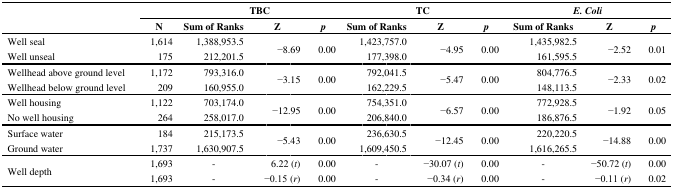
<table><thead><tr><td rowspan="2"></td><td></td><td colspan="3"><b>TBC</b></td><td colspan="3"><b>TC</b></td><td colspan="3"><b><i>E. Coli</i></b></td></tr><tr><td><b>N</b></td><td><b>Sum of Ranks</b></td><td><b>Z</b></td><td><b><i>p</i></b></td><td><b>Sum of Ranks</b></td><td><b>Z</b></td><td><b><i>p</i></b></td><td><b>Sum of Ranks</b></td><td><b>Z</b></td><td><b><i>p</i></b></td></tr></thead><tbody><tr><td>Well seal</td><td>1,614</td><td>1,388,953.5</td><td rowspan="2">−8.69</td><td rowspan="2">0.00</td><td>1,423,757.0</td><td rowspan="2">−4.95</td><td rowspan="2">0.00</td><td>1,435,982.5</td><td rowspan="2">−2.52</td><td rowspan="2">0.01</td></tr><tr><td>Well unseal</td><td>175</td><td>212,201.5</td><td>177,398.0</td><td>161,595.5</td></tr><tr><td>Wellhead above ground level</td><td>1,172</td><td>793,316.0</td><td rowspan="2">−3.15</td><td rowspan="2">0.00</td><td>792,041.5</td><td rowspan="2">−5.47</td><td rowspan="2">0.00</td><td>804,776.5</td><td rowspan="2">−2.33</td><td rowspan="2">0.02</td></tr><tr><td>Wellhead below ground level</td><td>209</td><td>160,955.0</td><td>162,229.5</td><td>148,113.5</td></tr><tr><td>Well housing</td><td>1,122</td><td>703,174.0</td><td rowspan="2">−12.95</td><td rowspan="2">0.00</td><td>754,351.0</td><td rowspan="2">−6.57</td><td rowspan="2">0.00</td><td>772,928.5</td><td rowspan="2">−1.92</td><td rowspan="2">0.05</td></tr><tr><td>No well housing</td><td>264</td><td>258,017.0</td><td>206,840.0</td><td>186,876.5</td></tr><tr><td>Surface water</td><td>184</td><td>215,173.5</td><td rowspan="2">−5.43</td><td rowspan="2">0.00</td><td>236,630.5</td><td rowspan="2">−12.45</td><td rowspan="2">0.00</td><td>220,220.5</td><td rowspan="2">−14.88</td><td rowspan="2">0.00</td></tr><tr><td>Ground water</td><td>1,737</td><td>1,630,907.5</td><td>1,609,450.5</td><td>1,616,265.5</td></tr><tr><td rowspan="2">Well depth</td><td>1,693</td><td>-</td><td>6.22 (<i>t</i>)</td><td>0.00</td><td>-</td><td>−30.07 (<i>t</i>)</td><td>0.00</td><td>-</td><td>−50.72 (<i>t</i>)</td><td>0.00</td></tr><tr><td>1,693</td><td>-</td><td>−0.15 (<i>r</i>)</td><td>0.00</td><td>-</td><td>−0.34 (<i>r</i>)</td><td>0.00</td><td>-</td><td>−0.11 (<i>r</i>)</td><td>0.02</td></tr></tbody></table>